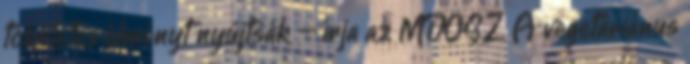
tökéletes élményt nyújtsák – írja az MDOSZ. A vegetáriánus